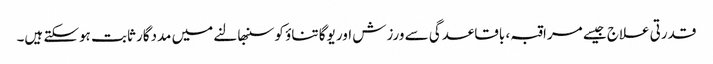
قدرتی علاج جیسے مراقبہ ، باقاعدگی سے ورزش اور یوگا تناؤ کو سنبھالنے میں مددگار ثابت ہوسکتے ہیں۔